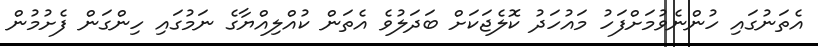
އެތަނުގައި ހުންނެވުމަށްފަހު މައުހަދު ކޮލެޖަކަށް ބަދަލުވެ އެތަން ކުއްލިއްޔާގެ ނަމުގައި ހިންގަން ފެށުމުން